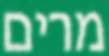
מרים